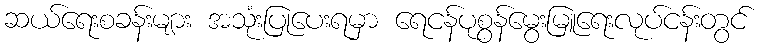
ဆယ်ရေးစခန်းများ အသုံးပြုပေးရမှာ ရေငန်ပုစွန်မွေးမြူရေးလုပ်ငန်းတွင်